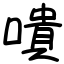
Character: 嘳